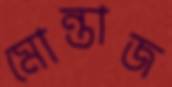
মোন্তাজ